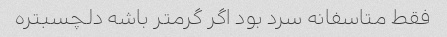
فقط متاسفانه سرد بود اگر گرمتر باشه دلچسبتره